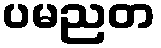
ပမညတ